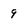
Character: 9